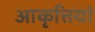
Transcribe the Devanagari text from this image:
आकृत्तियां